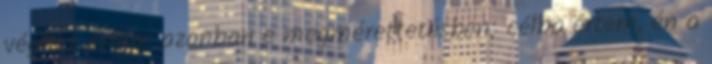
véghez értem azonban e megmérettetésben; célba értem, én a